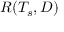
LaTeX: R ( T _ { s } , D )